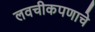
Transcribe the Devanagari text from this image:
लवचीकपणाचे